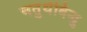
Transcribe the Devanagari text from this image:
चतुर्थबिन्दु